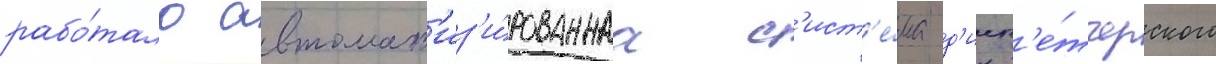
рабо́тала автомат'из'и́рованнаа с'ист'е́ма д'исп'е́тчерского